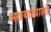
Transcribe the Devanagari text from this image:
अखबारवालो